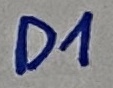
Text: D1